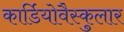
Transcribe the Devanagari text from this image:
कार्डियोवैस्कुलार